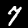
Digit: 7